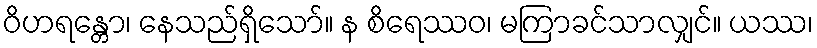
ဝိဟရန္တော၊ နေသည်ရှိသော်။ န စိရေဿဝ၊ မကြာခင်သာလျှင်။ ယဿ၊